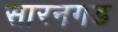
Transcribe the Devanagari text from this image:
सारनगड